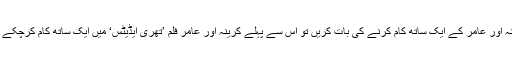
کرینہ اور عامر کے ایک ساتھ کام کرنے کی بات کریں تو اس سے پہلے کرینہ اور عامر فلم ’تھری ایڈیٹس‘ میں ایک ساتھ کام کرچکے ہیں۔